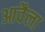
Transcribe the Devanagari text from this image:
आवैला